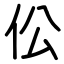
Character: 伀